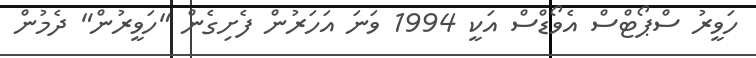
ހަވީރު ސްޕޯޓްސް އެވޯޑްސް އަކީ 1994 ވަނަ އަހަރުން ފެށިގެން "ހަވީރުން" ދެމުން